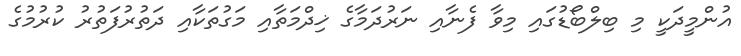
އުންމީދަކީ މި ބިލްބޯޑުގައި މިވާ ފެނާއި ނަރުދަމާގެ ޚިދްމަތާއި މަގުތަކާއި ދަތުރުފަތުރު ކުރުމުގެ